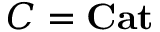
C = \mathbf { C a t }